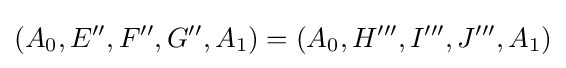
(A_{0},E'',F'',G'',A_{1})=(A_{0},H''',I''',J''',A_{1})